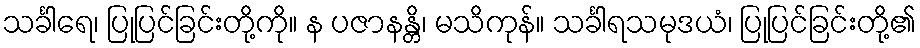
သင်္ခါရေ၊ ပြုပြင်ခြင်းတို့ကို။ န ပဇာနန္တိ၊ မသိကုန်။ သင်္ခါရသမုဒယံ၊ ပြုပြင်ခြင်းတို့၏